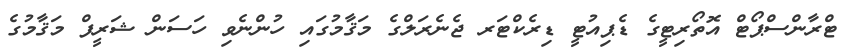
ޓްރާންސްޕޯޓް އޮތޯރިޓީގެ ޑެޕިއުޓީ ޑިރެކްޓަރ ޖެނެރަލްގެ މަޤާމުގައި ހުންނެވި ހަސަން ޝަރީފް މަޤާމުގެ